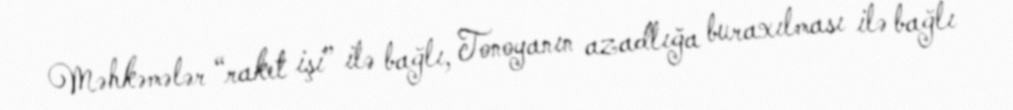
Məhkəmələr “raket işi” ilə bağlı, Tonoyanın azadlığa buraxılması ilə bağlı